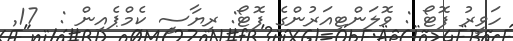
ހަވީރު ފޮޓޯ : ވޮލަންޓިއަރުންގެ ފޮޓޯ: ރިޔާސީ ކެމްޕެއިން :  17